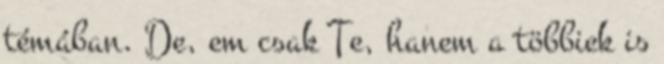
témában. De, em csak Te, hanem a többiek is